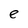
Character: e